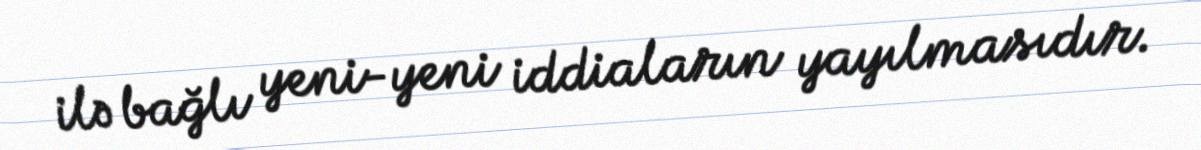
ilə bağlı yeni-yeni iddiaların yayılmasıdır.